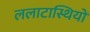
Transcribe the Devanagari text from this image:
ललाटास्थियों